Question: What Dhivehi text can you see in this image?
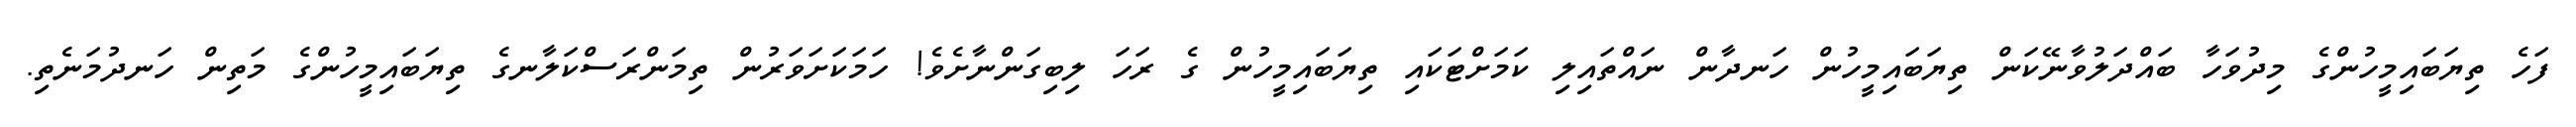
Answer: ފަހެ ތިޔަބައިމީހުންގެ މިދުވަހާ ބައްދަލުވާނޭކަން ތިޔަބައިމީހުން ހަނދާން ނައްތައިލި ކަމަށްޓަކައި ތިޔަބައިމީހުން ގެ ރަހަ ލިބިގަންނާށެވެ! ހަމަކަށަވަރުން ތިމަންރަސްކަލާނގެ ތިޔަބައިމީހުންގެ މަތިން ހަނދުމަނެތި.